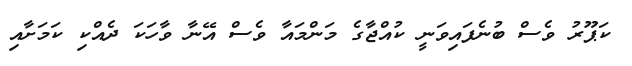
ކަޕޫރު ވެސް ބުނެފައިވަނީ ކުއްޖާގެ މަންމައާ ވެސް އޭނާ ވާހަކަ ދެއްކި ކަމަށާއި